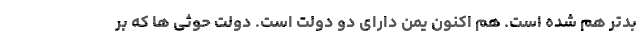
بدتر هم شده است. هم اکنون یمن دارای دو دولت است. دولت حوثی ها که بر